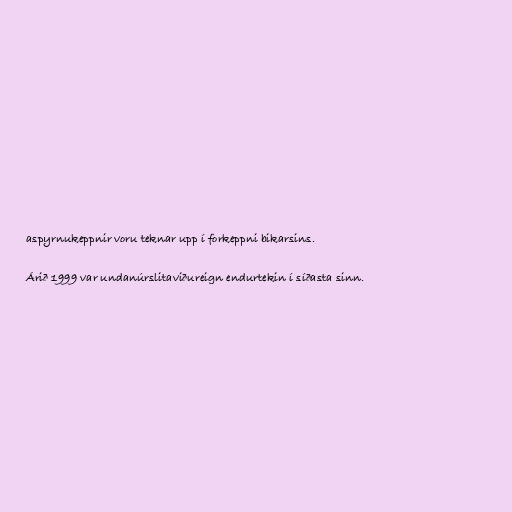
aspyrnukeppnir voru teknar upp í forkeppni bikarsins.

Árið 1999 var undanúrslitaviðureign endurtekin í síðasta sinn.